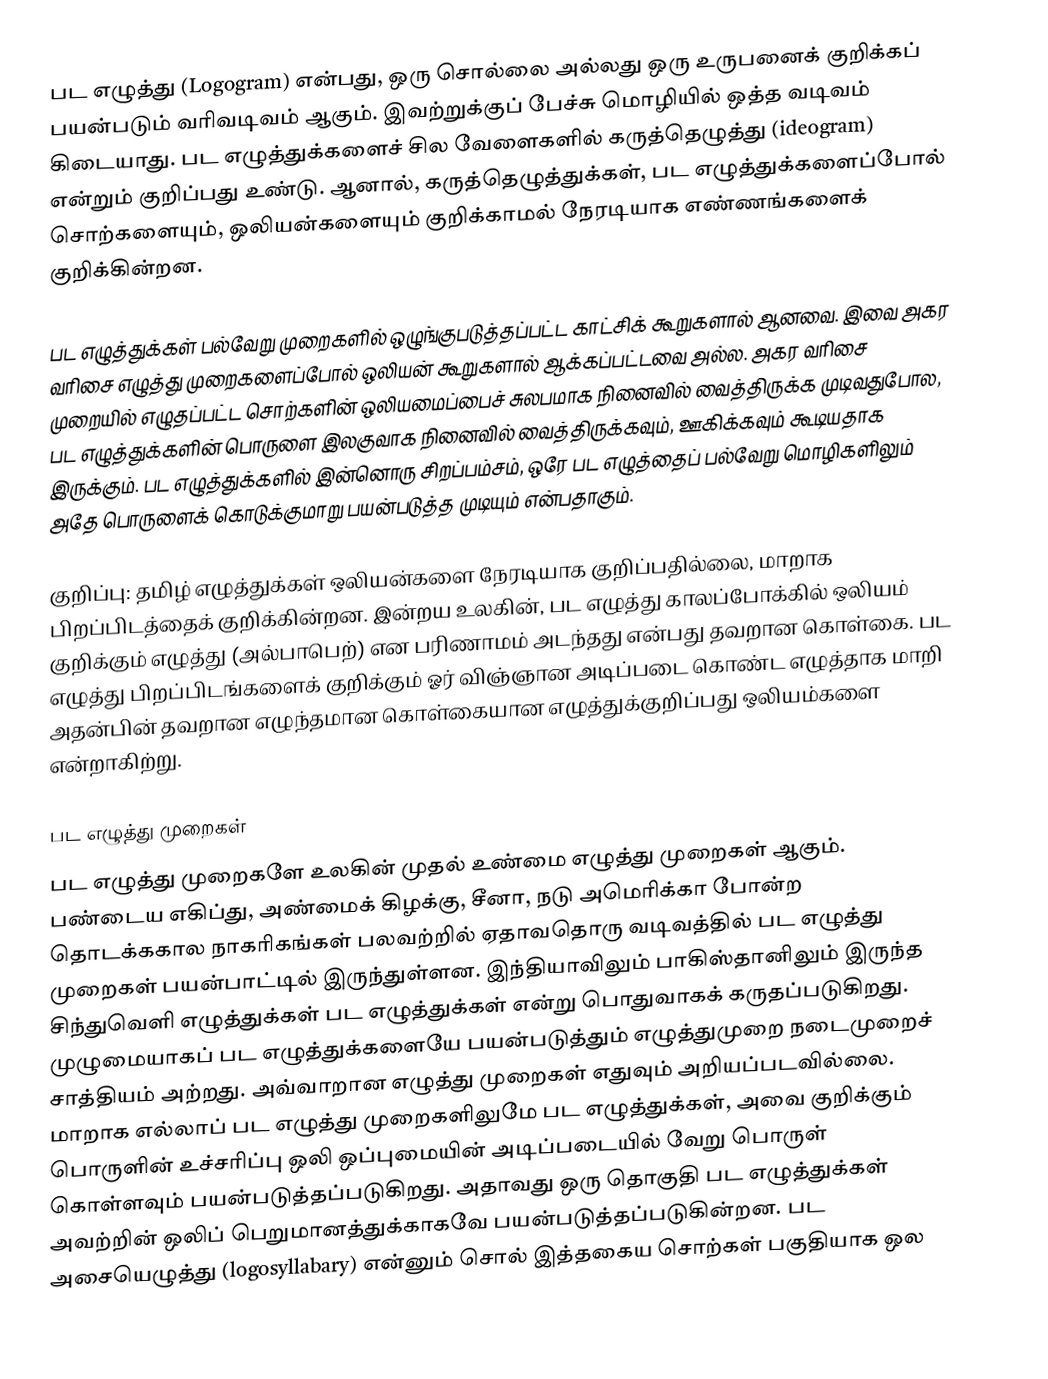
பட எழுத்து (Logogram) என்பது, ஒரு சொல்லை அல்லது ஒரு உருபனைக் குறிக்கப் பயன்படும் வரிவடிவம் ஆகும். இவற்றுக்குப் பேச்சு மொழியில் ஒத்த வடிவம் கிடையாது. பட எழுத்துக்களைச் சில வேளைகளில் கருத்தெழுத்து (ideogram) என்றும் குறிப்பது உண்டு. ஆனால், கருத்தெழுத்துக்கள், பட எழுத்துக்களைப்போல் சொற்களையும், ஒலியன்களையும் குறிக்காமல் நேரடியாக எண்ணங்களைக் குறிக்கின்றன.

பட எழுத்துக்கள் பல்வேறு முறைகளில் ஒழுங்குபடுத்தப்பட்ட காட்சிக் கூறுகளால் ஆனவை. இவை அகர வரிசை எழுத்து முறைகளைப்போல் ஒலியன் கூறுகளால் ஆக்கப்பட்டவை அல்ல. அகர வரிசை முறையில் எழுதப்பட்ட சொற்களின் ஒலியமைப்பைச் சுலபமாக நினைவில் வைத்திருக்க முடிவதுபோல, பட எழுத்துக்களின் பொருளை இலகுவாக நினைவில் வைத்திருக்கவும், ஊகிக்கவும் கூடியதாக இருக்கும். பட எழுத்துக்களில் இன்னொரு சிறப்பம்சம், ஒரே பட எழுத்தைப் பல்வேறு மொழிகளிலும் அதே பொருளைக் கொடுக்குமாறு பயன்படுத்த முடியும் என்பதாகும்.

குறிப்பு: தமிழ் எழுத்துக்கள் ஒலியன்களை நேரடியாக குறிப்பதில்லை, மாறாக பிறப்பிடத்தைக் குறிக்கின்றன. இன்றய உலகின், பட எழுத்து காலப்போக்கில் ஒலியம் குறிக்கும் எழுத்து (அல்பாபெற்) என பரிணாமம் அடந்தது என்பது தவறான கொள்கை. பட எழுத்து பிறப்பிடங்களைக் குறிக்கும் ஓர் விஞ்ஞான அடிப்படை கொண்ட எழுத்தாக மாறி அதன்பின் தவறான எழுந்தமான கொள்கையான எழுத்துக்குறிப்பது ஒலியம்களை என்றாகிற்று.

பட எழுத்து முறைகள்
பட எழுத்து முறைகளே உலகின் முதல் உண்மை எழுத்து முறைகள் ஆகும். பண்டைய எகிப்து, அண்மைக் கிழக்கு, சீனா, நடு அமெரிக்கா போன்ற தொடக்ககால நாகரிகங்கள் பலவற்றில் ஏதாவதொரு வடிவத்தில் பட எழுத்து முறைகள் பயன்பாட்டில் இருந்துள்ளன. இந்தியாவிலும் பாகிஸ்தானிலும் இருந்த சிந்துவெளி எழுத்துக்கள் பட எழுத்துக்கள் என்று பொதுவாகக் கருதப்படுகிறது. முழுமையாகப் பட எழுத்துக்களையே பயன்படுத்தும் எழுத்துமுறை நடைமுறைச் சாத்தியம் அற்றது. அவ்வாறான எழுத்து முறைகள் எதுவும் அறியப்படவில்லை. மாறாக எல்லாப் பட எழுத்து முறைகளிலுமே பட எழுத்துக்கள், அவை குறிக்கும் பொருளின் உச்சரிப்பு ஒலி ஒப்புமையின் அடிப்படையில் வேறு பொருள் கொள்ளவும் பயன்படுத்தப்படுகிறது. அதாவது ஒரு தொகுதி பட எழுத்துக்கள் அவற்றின் ஒலிப் பெறுமானத்துக்காகவே பயன்படுத்தப்படுகின்றன. பட அசையெழுத்து (logosyllabary) என்னும் சொல் இத்தகைய சொற்கள் பகுதியாக ஒல